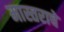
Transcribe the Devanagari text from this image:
मास्तराचे